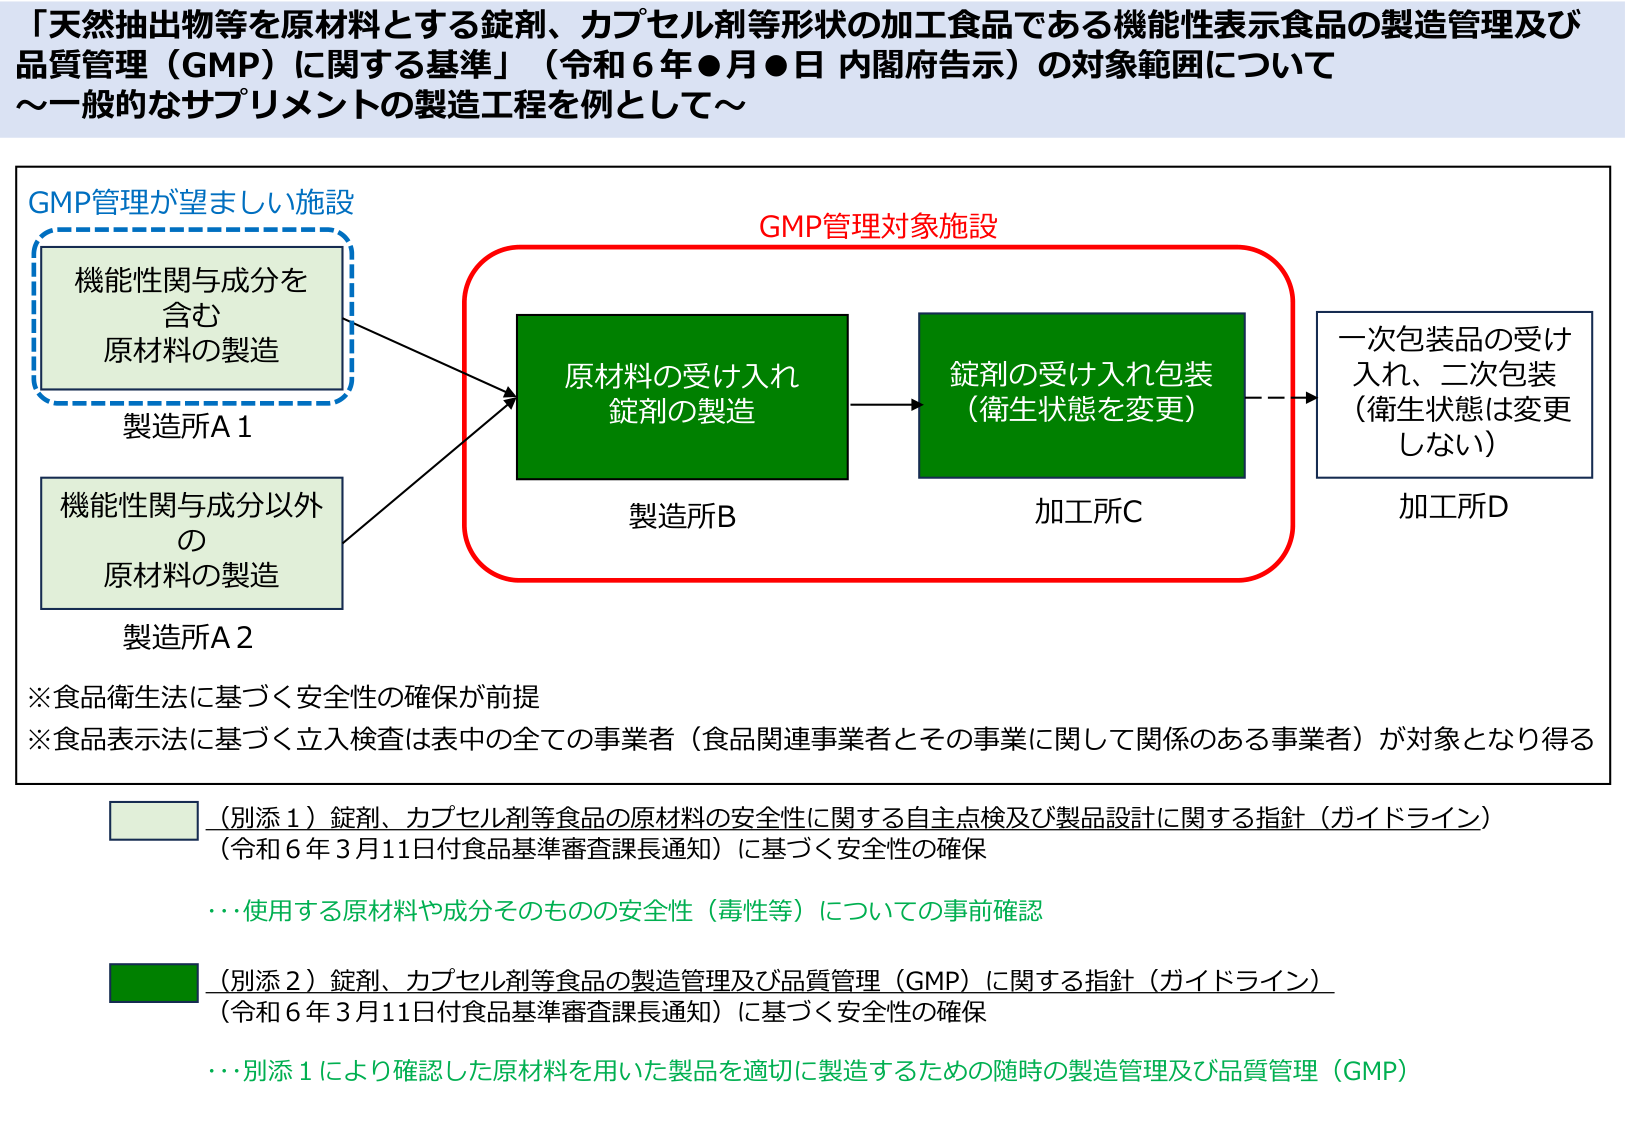
「天然抽出物等を原材料とする錠剤、カプセル剤等形状の加工食品である機能性表示食品の製造管理及び品質管理（GMP）に関する基準」（令和６年●月●日 内閣府告示）の対象範囲について
～一般的なサプリメントの製造工程を例として～

GMP管理が望ましい施設
機能性関与成分を含む
原材料の製造
製造所A1

機能性関与成分以外の
原材料の製造
製造所A2

GMP管理対象施設
原材料の受け入れ
錠剤の製造
製造所B

錠剤の受け入れ包装
（衛生状態を変更）
加工所C

一次包装品の受け入れ、二次包装
（衛生状態は変更しない）
加工所D

※食品衛生法に基づく安全性の確保が前提
※食品表示法に基づく立入検査は表中の全ての事業者（食品関連事業者とその事業に関して関係のある事業者）が対象となり得る

（別添1）錠剤、カプセル剤等食品の原材料の安全性に関する自主点検及び製品設計に関する指針（ガイドライン）
（令和6年3月11日付食品基準審査課長通知）に基づく安全性の確保
…使用する原材料や成分そのものの安全性（毒性等）についての事前確認

（別添2）錠剤、カプセル剤等食品の製造管理及び品質管理（GMP）に関する指針（ガイドライン）
（令和6年3月11日付食品基準審査課長通知）に基づく安全性の確保
…別添1により確認した原材料を用いた製品を適切に製造するための随時の製造管理及び品質管理（GMP）